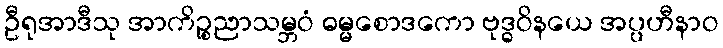
ဦရုအာဒီသု အာကိဉ္စညာသမ္ဘဝံ ဓမ္မစောဒကော ဗုဒ္ဓဝိနယေ အပ္ပဟီနာဝ